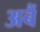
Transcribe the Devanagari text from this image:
अबैं